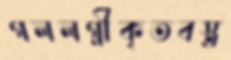
গললগ্নীকৃতবস্ত্র